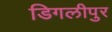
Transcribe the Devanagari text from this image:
डिगलीपुर